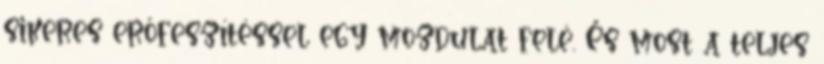
sikeres erőfeszítéssel egy mozdulat felé. És most a teljes